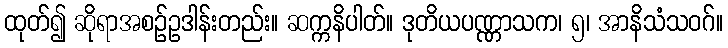
ထုတ်၍ ဆိုရာအစဉ်ဥဒါန်းတည်း။ ဆက္ကနိပါတ်။ ဒုတိယပဏ္ဏာသက၊ ၅၊ အာနိသံသဝဂ်။